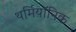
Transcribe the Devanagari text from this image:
थर्मियॉनिक